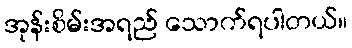
အုန်းစိမ်းအရည် သောက်ရပါတယ်။